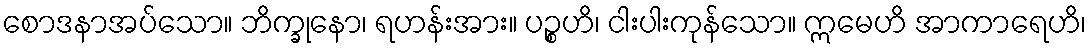
စောဒနာအပ်သော။ ဘိက္ခုနော၊ ရဟန်းအား။ ပဉ္စဟိ၊ ငါးပါးကုန်သော။ ဣမေဟိ အာကာရေဟိ၊